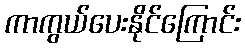
ကာကွယ်ပေးနိုင်ကြောင်း